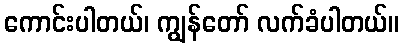
ကောင်းပါတယ်၊ ကျွန်တော် လက်ခံပါတယ်။